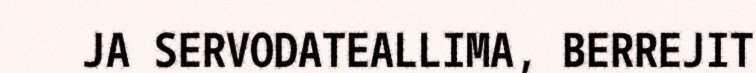
JA SERVODATEALLIMA, BERREJIT